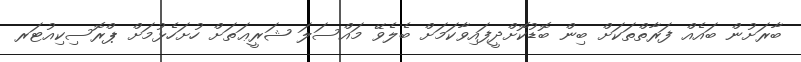
ބާރަށުން ބައެއް ފަރާތްތަކަށް ބިން ބޮޑުކޮށްދީފައިވާކަމަށް ބެލެވޭ މައްސަލަ ޝަރީޢަތަށް ހުށަހެޅުމަށް ޕްރޮސިކިއުޓަރ